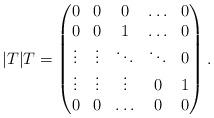
LaTeX: \begin{align*}|T|T= \begin{pmatrix}0 & 0 & 0 & \ldots& 0\\0 & 0 & 1 & \ldots & 0\\\vdots &\vdots &\ddots & \ddots& 0\\\vdots & \vdots & \vdots & 0 & 1\\0 & 0 &\ldots& 0 & 0 \\\end{pmatrix}.\end{align*}